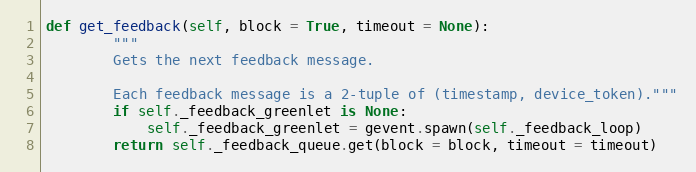
Language: Python
def get_feedback(self, block = True, timeout = None):
		"""
		Gets the next feedback message.

		Each feedback message is a 2-tuple of (timestamp, device_token)."""
		if self._feedback_greenlet is None:
			self._feedback_greenlet = gevent.spawn(self._feedback_loop)
		return self._feedback_queue.get(block = block, timeout = timeout)